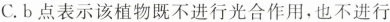
C.b点表示该植物既不进行光合作用，也不进行